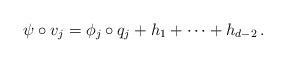
LaTeX: \begin{align*}\psi \circ v_j = \phi_{j} \circ q_j + h_1 + \dots + h_{d-2} \,.\end{align*}